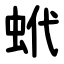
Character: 蚮